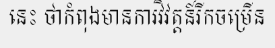
នេះ ថាកំពុងមានការវិវត្តន៍រីកចម្រើន